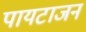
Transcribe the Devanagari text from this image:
पायटाजन